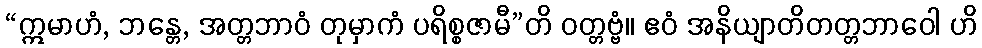
“ဣမာဟံ, ဘန္တေ, အတ္တဘာဝံ တုမှာကံ ပရိစ္စဇာမီ”တိ ဝတ္တဗ္ဗံ။ ဧဝံ အနိယျာတိတတ္တဘာဝေါ ဟိ